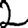
Digit: 2